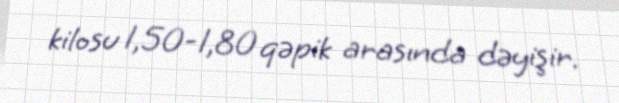
kilosu 1,50-1,80 qəpik arasında dəyişir.